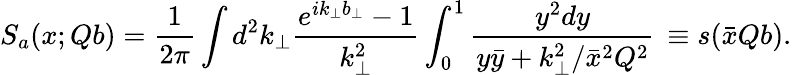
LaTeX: S_{a}(x;Qb)=\frac{1}{2\pi}\int d^{2}k_{\perp}{\frac{e^{ik_{\perp}b_{\perp}}-1}{k_{\perp}^{2}}}\int_{0}^{1}{\frac{y^{2}dy}{y\bar{y}+k_{\perp}^{2}/{\bar{x}}^{2}Q^{2}}}\, \equiv s(\bar{x}Qb).